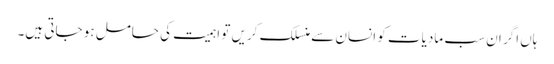
ہاں اگر ان سب مادیات کو انسان سے منسلک کریں تو اہمیت کی حامل ہو جاتی ہیں۔